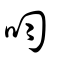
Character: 呁